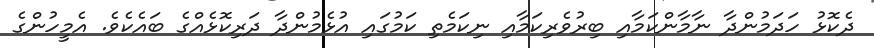
ދެކޮޅު ހަދަމުންދާ ނާމާންކަމާއި ބިރުވެރިކަމާއި ނިކަމެތި ކަމުގައި އުޅެމުންދާ ދަރިކޮޅެއްގެ ބައެކެވެ. އެމީހުންގެ